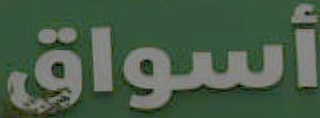
أسواق